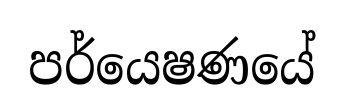
පර්යෙෂණයේ